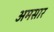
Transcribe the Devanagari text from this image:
अमसार